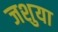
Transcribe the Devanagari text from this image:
जशुया